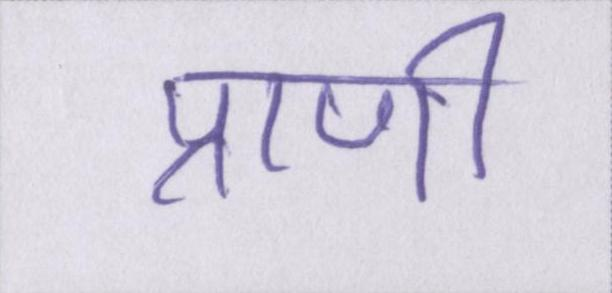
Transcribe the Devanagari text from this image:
प्राणी